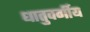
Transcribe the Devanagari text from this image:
धातुवर्गीय